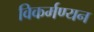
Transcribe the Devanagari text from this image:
विकर्मण्यन